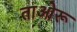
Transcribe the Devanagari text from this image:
ताओरू